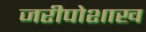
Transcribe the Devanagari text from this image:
जरीपोशाख